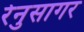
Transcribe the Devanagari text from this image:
रेनुसागर